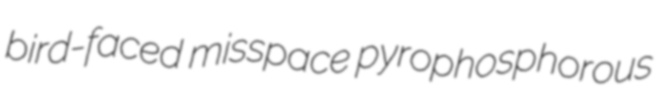
bird-faced misspace pyrophosphorous